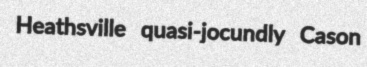
Heathsville quasi-jocundly Cason